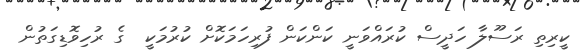
ކީރިތި ރަސޫލާ ހަދީސް ކުރައްވަނީ ކަންކަން ފުރިހަމަކޮށް ކުރުމަކީ  ގެ ރުހިވޮޑިގަތުން